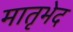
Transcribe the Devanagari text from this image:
मातृभेद